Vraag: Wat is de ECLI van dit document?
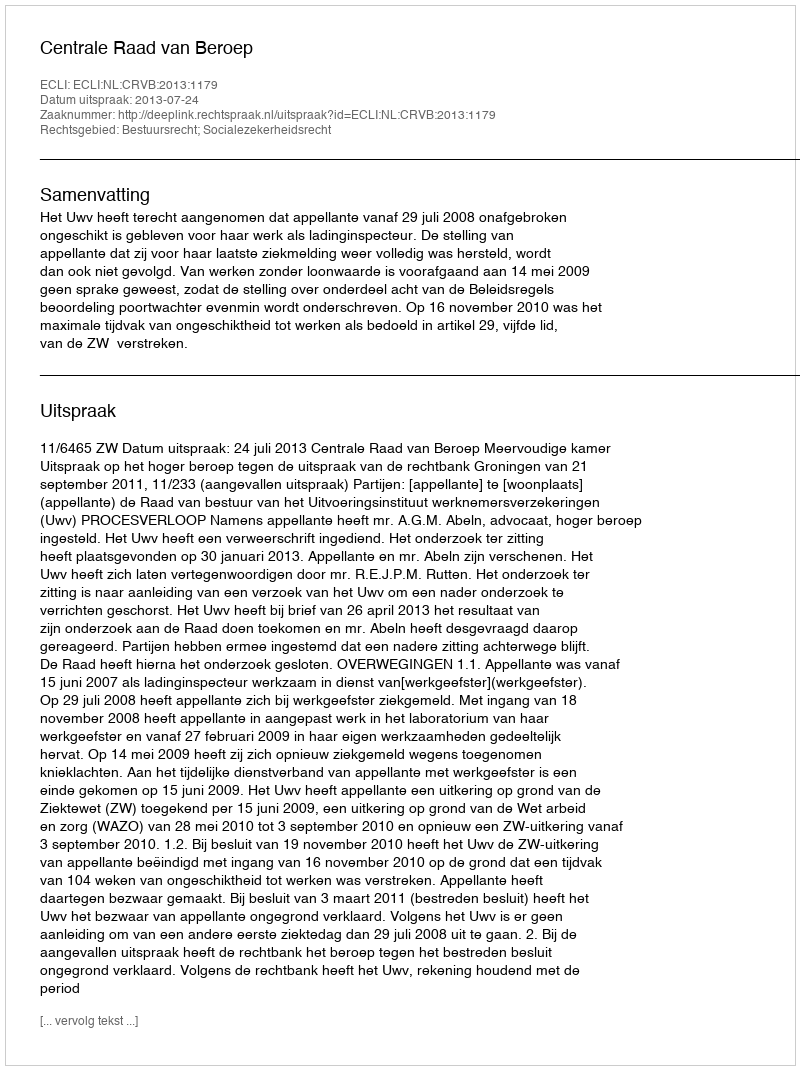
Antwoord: ECLI:NL:CRVB:2013:1179